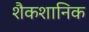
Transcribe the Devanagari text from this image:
शैकशानिक